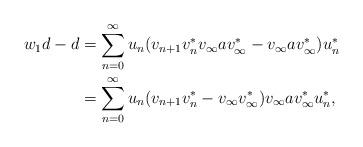
LaTeX: \begin{align*}w_1d-d &=\sum_{n=0}^\infty u_n (v_{n+1}v_n^*v_\infty a v_\infty^*-v_\infty av_\infty^*)u_n^* \\&=\sum_{n=0}^\infty u_n(v_{n+1}v_n^*-v_\infty v_\infty^*)v_\infty av_\infty^*u_n^*,\end{align*}